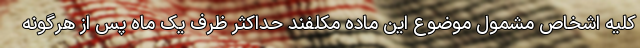
کلیه اشخاص مشمول موضوع این ماده مکلفند حداکثر ظرف یک‌ ماه پس از هرگونه